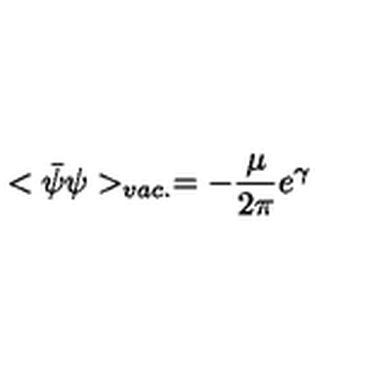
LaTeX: < \bar { \psi } \psi > _ { v a c . } = - \frac { \mu } { 2 \pi } e ^ { \gamma }